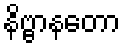
နိဗ္ဗာနတော